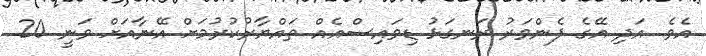
އެވެ. އަދި އޭގެ ފެންވަރު ރަނގަޅު ޑިވައިސްއެއް ތައްޔާރުކުރުމަށް އޭނާއަށް ވަނީ 20